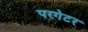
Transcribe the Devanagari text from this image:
परगेटर